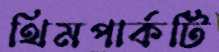
থিমপার্কটি